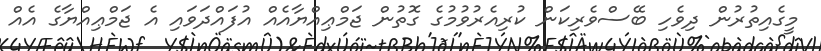
މީގެއިތުރުން ދިވެހި ބޭސްވެރިކަން ކުރިއެރުވުމުގެ ގޮތުން ޖަމްޢިއްޔާއެއް އުފައްދަވައި އެ ޖަމްޢިއްޔާގެ އެއް